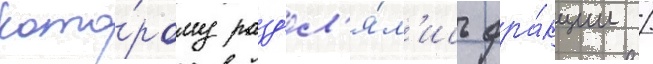
кото́рому разд'ел'я́л'ись фра́кции /